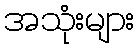
အသုံးများ